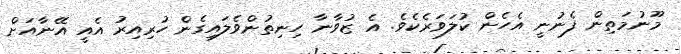
މޫނުމަތިން ފެނުނީ އެހެން ކުލަވަރެކެވެ. އެ ޒުވާނާ ހިނިތުންވެލައިގެން ހުރިއިރު އެއީ އޭނާއަށް